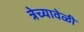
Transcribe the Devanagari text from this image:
त्रेच्यावेळी